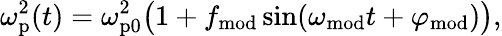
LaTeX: \omega_{\mathrm{p}}^{2}(t)=\omega_{\mathrm{p0}}^{2}\big(1+f_{\mathrm{mod}}\sin(\omega_{\mathrm{mod}}t+\varphi_{\mathrm{mod}})\big),